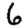
Digit: 6